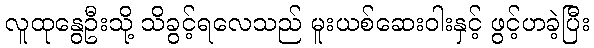
လူထုနွေဦးသို့ သိခွင့်ရလေသည် မူးယစ်ဆေးဝါးနှင့် ဖွင့်ဟခဲ့ပြီး